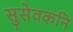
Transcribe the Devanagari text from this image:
सुसेवकनि